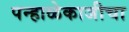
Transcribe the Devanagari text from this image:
पन्हाळेकाजीचा